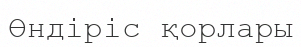
Өндіріс қорлары